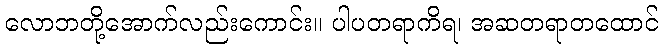
လောဘတို့အောက်လည်းကောင်း။ ပါပတရာကိရ၊ အဆတရာတထောင်